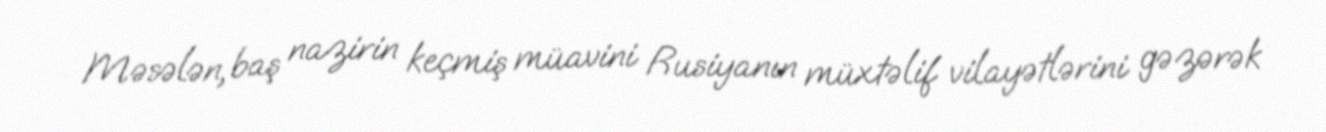
Məsələn, baş nazirin keçmiş müavini Rusiyanın müxtəlif vilayətlərini gəzərək